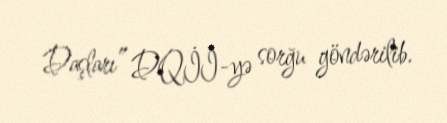
Daşları” DQİİ-yə sorğu göndərilib.